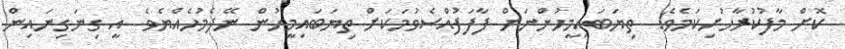
ކޮށް މާފުކުރާހުށިކަމެވެ!  ތިޔަބައިމީހުންނަށް ފާފަފުއްސެވުމަކަށް ތިޔަބައިމީހުން ނޭދެމުހެއްޔެވެ  އީ ގިނަގިނައިން